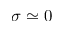
\sigma \simeq 0